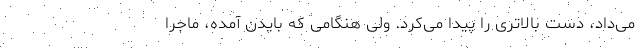
می‌داد، دست بالاتری را پیدا می‌کرد. ولی هنگامی که بایدن آمده، ماجرا